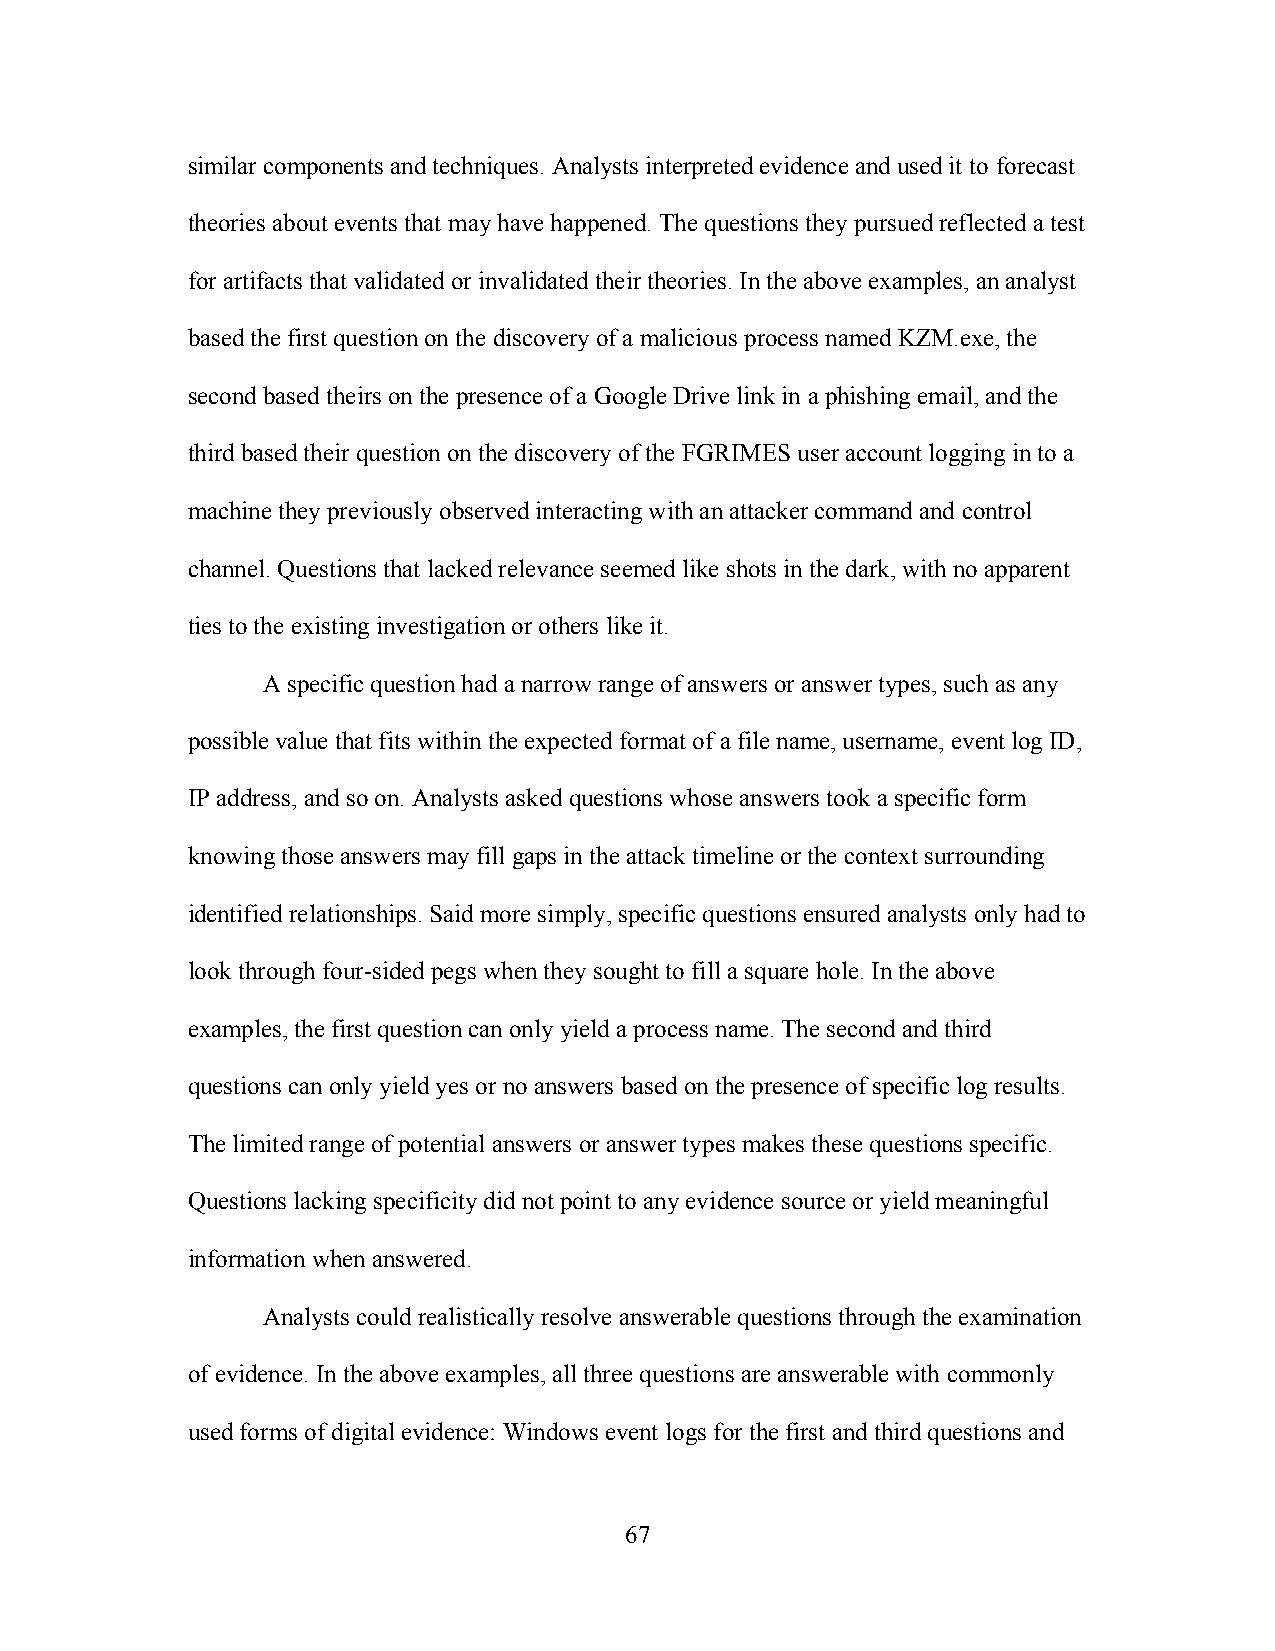
similar components and techniques. Analysts interpreted evidence and used it to forecast
 theories about events that may have happened. The questions they pursued reflected a test
 for artifacts that validated or invalidated their theories. In the above examples, an analyst
 based the first question on the discovery of a malicious process named KZM.exe, the
 second based theirs on the presence of a Google Drive link in a phishing email, and the
 third based their question on the discovery of the FGRIMES user account logging in to a
 machine they previously observed interacting with an attacker command and control
 channel. Questions that lacked relevance seemed like shots in the dark, with no apparent
 ties to the existing investigation or others like it.
 A specific question had a narrow range of answers or answer types, such as any
 possible value that fits within the expected format of a file name, username, event log ID,
 IP address, and so on. Analysts asked questions whose answers took a specific form
 knowing those answers may fill gaps in the attack timeline or the context surrounding
 identified relationships. Said more simply, specific questions ensured analysts only had to
 look through four-sided pegs when they sought to fill a square hole. In the above
 examples, the first question can only yield a process name. The second and third
 questions can only yield yes or no answers based on the presence of specific log results.
 The limited range of potential answers or answer types makes these questions specific.
 Questions lacking specificity did not point to any evidence source or yield meaningful
 information when answered.
 Analysts could realistically resolve answerable questions through the examination
 of evidence. In the above examples, all three questions are answerable with commonly
 used forms of digital evidence: Windows event logs for the first and third questions and
 67